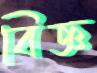
বিজ্ঞ